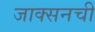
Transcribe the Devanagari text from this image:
जाक्सनची